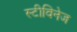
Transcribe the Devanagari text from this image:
स्टीविनेज